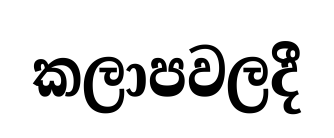
කලාපවලදී